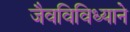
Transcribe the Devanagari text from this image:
जैवविविध्याने